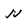
Character: r